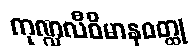
ကုဏ္ဍလီဝိမာနဝတ္ထု